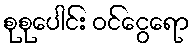
စုစုပေါင်း ဝင်ငွေရော